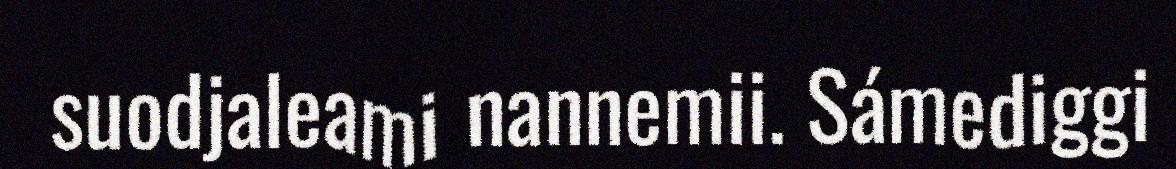
suodjaleami nannemii. Sámediggi